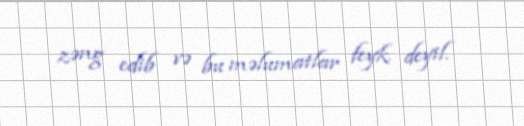
zəng edib və bu məlumatlar feyk deyil.